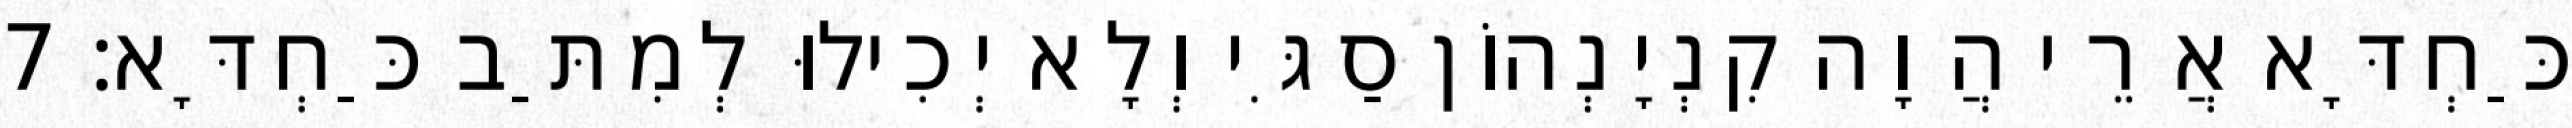
כַּחְדָּא אֲרֵי הֲוָה קִנְיָנְהוֹן סַגִּי וְלָא יְכִילוּ לְמִתַּב כַּחְדָּא׃ 7